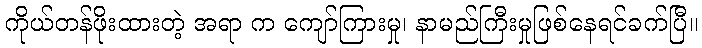
ကိုယ်တန်ဖိုးထားတဲ့ အရာ က ကျော်ကြားမှု၊ နာမည်ကြီးမှုဖြစ်နေရင်ခက်ပြီ။